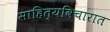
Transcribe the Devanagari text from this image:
साहित्यविचारात